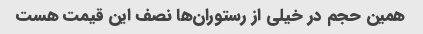
همین حجم در خیلی از رستوران‌ها نصف این قیمت هست